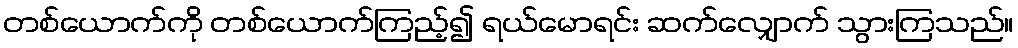
တစ်ယောက်ကို တစ်ယောက်ကြည့်၍ ရယ်မောရင်း ဆက်လျှောက် သွားကြသည်။